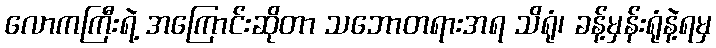
လောကကြီးရဲ့ အကြောင်းဆိုတာ သဘောတရားအရ သိရုံ၊ ခန့်မှန်းရုံနဲ့ရမှ